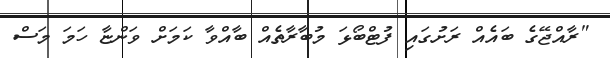
"ރާއްޖޭގެ ބައެއް ރަށުގައި ފުޓްބޯޅަ މުބާރާތެއް ބާއްވާ ކަމަށް ވަންޏާ ހަމަ މަސް